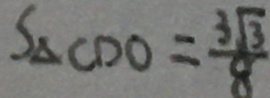
S _ { \Delta C D O } = \frac { 3 \sqrt { 3 } } { 8 }